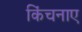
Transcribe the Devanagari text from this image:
किंचनाए